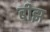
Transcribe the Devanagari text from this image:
बीझ